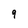
Character: 9